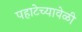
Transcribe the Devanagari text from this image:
पहाटेच्यावेळी